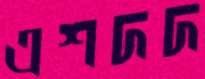
এশদদ